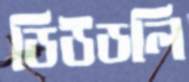
ডিউডলি